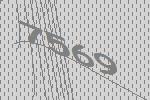
7569